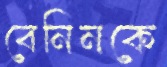
বেনিনকে